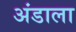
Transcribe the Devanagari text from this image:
अंडाला